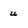
Character: u